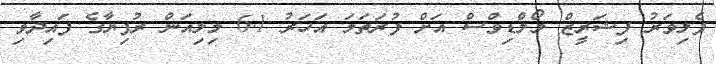
ފެލިވަރު ފިޝަރީޒް މޯލްޑިވްސް އަށް ފުރަތަމަ އަހަރު 6.1 މިލިއަން ރުފިޔާގެ ފައިދާވި